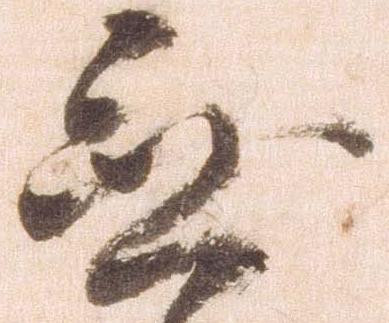
無